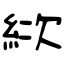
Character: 絘